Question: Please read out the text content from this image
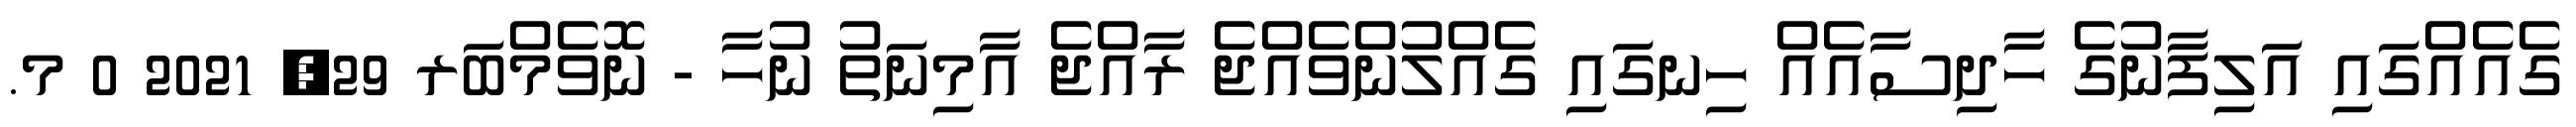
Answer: ގެއެއްގައި އަލިފާނުގެ ހާދިސާއެއް ހިނގައި ގެއްލުންވެއްޖެ ރާއްޖެ އާމިނަތު ނުހާ - ނޮވެމްބަރ 29, 2021 0 މ.